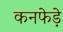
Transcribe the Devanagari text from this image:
कनफेड़े